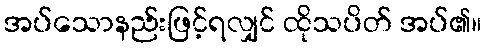
အပ်သောနည်းဖြင့်ရလျှင် ထိုသပိတ် အပ်၏။